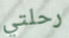
رحلتي